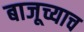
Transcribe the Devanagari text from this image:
बाजूच्याच